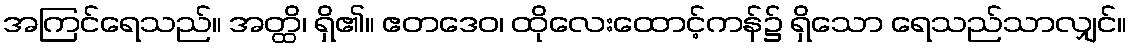
အကြင်ရေသည်။ အတ္ထိ၊ ရှိ၏။ ဧတဒေဝ၊ ထိုလေးထောင့်ကန်၌ ရှိသော ရေသည်သာလျှင်။